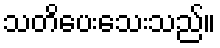
သတိပေးသေးသည်။